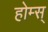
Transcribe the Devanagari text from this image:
होम्स्